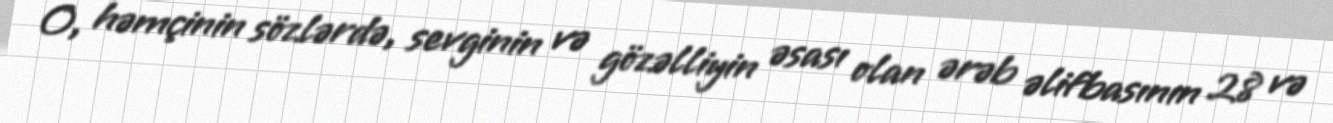
O, həmçinin sözlərdə, sevginin və gözəlliyin əsası olan ərəb əlifbasının 28 və